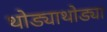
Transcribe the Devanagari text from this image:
थोड्याथोड्या